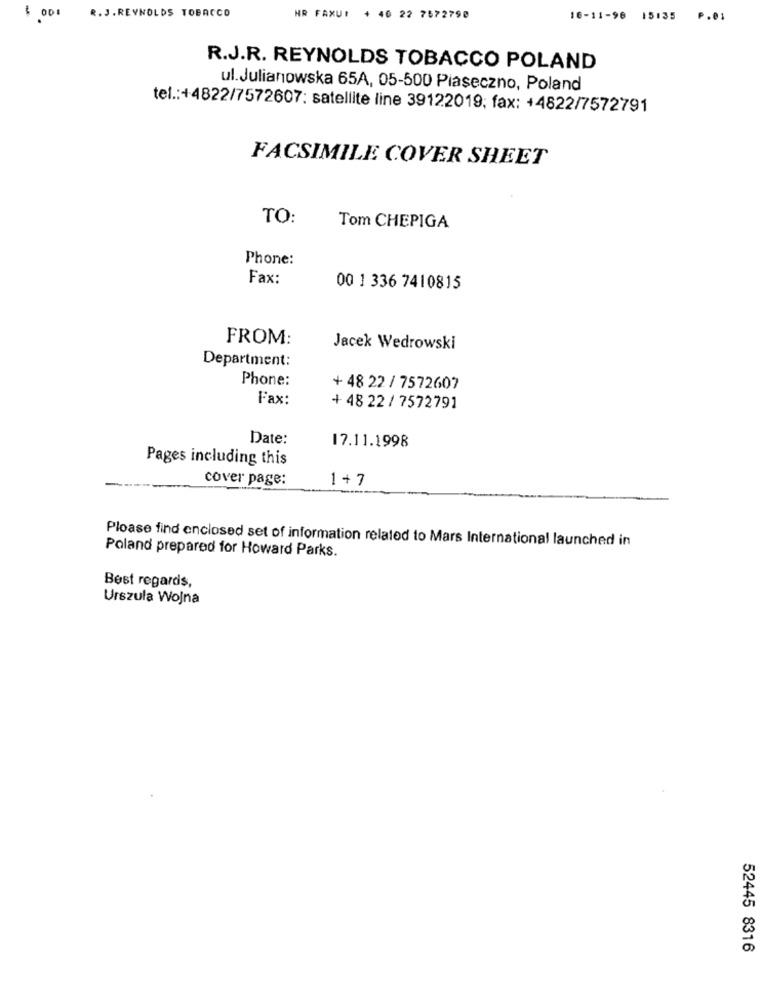
$ 001
R. J. REYNOLDS TOBACCO
HR FAXU: + 46 22 7572798
16-11-96 15135 P.01
R.J.R. REYNOLDS TOBACCO POLAND
ul. Julianowska 65A, 05-500 Piaseczno, Poland
tel .: +4822/7572607: satellite line 39122019; fax: +4822/7572791
FACSIMILE COVER SHEET
TO:
Tom CHEPIGA
Phone:
Fax:
00 1 336 7410815
FROM:
Jacek Wedrowski
Department:
Phone:
+ 48 22 / 7572607
Fax:
+ 48 22 / 7572791
Date:
17.11.1998
Pages including this
cover page:
1 + 7
Please find enclosed set of information related to Mars International launched in
Poland prepared for Howard Parks.
Best regards,
Urszula Wojna
52445 8316